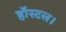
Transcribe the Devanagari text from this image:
हॉस्टल।